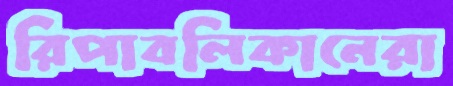
রিপাবলিকানেরা